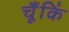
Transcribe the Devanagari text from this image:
चूँकिं